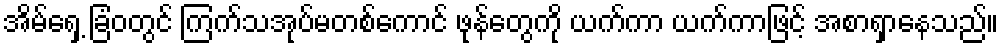
အိမ်ရှေ့ ခြံဝတွင် ကြက်သအုပ်မတစ်ကောင် ဖုန်တွေကို ယက်ကာ ယက်ကာဖြင့် အစာရှာနေသည်။